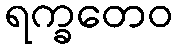
ရက္ခတေဝ